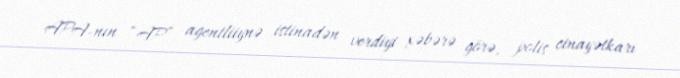
APA-nın “AP” agentliiynə istinadən verdiyi xəbərə görə, polis cinayətkarı